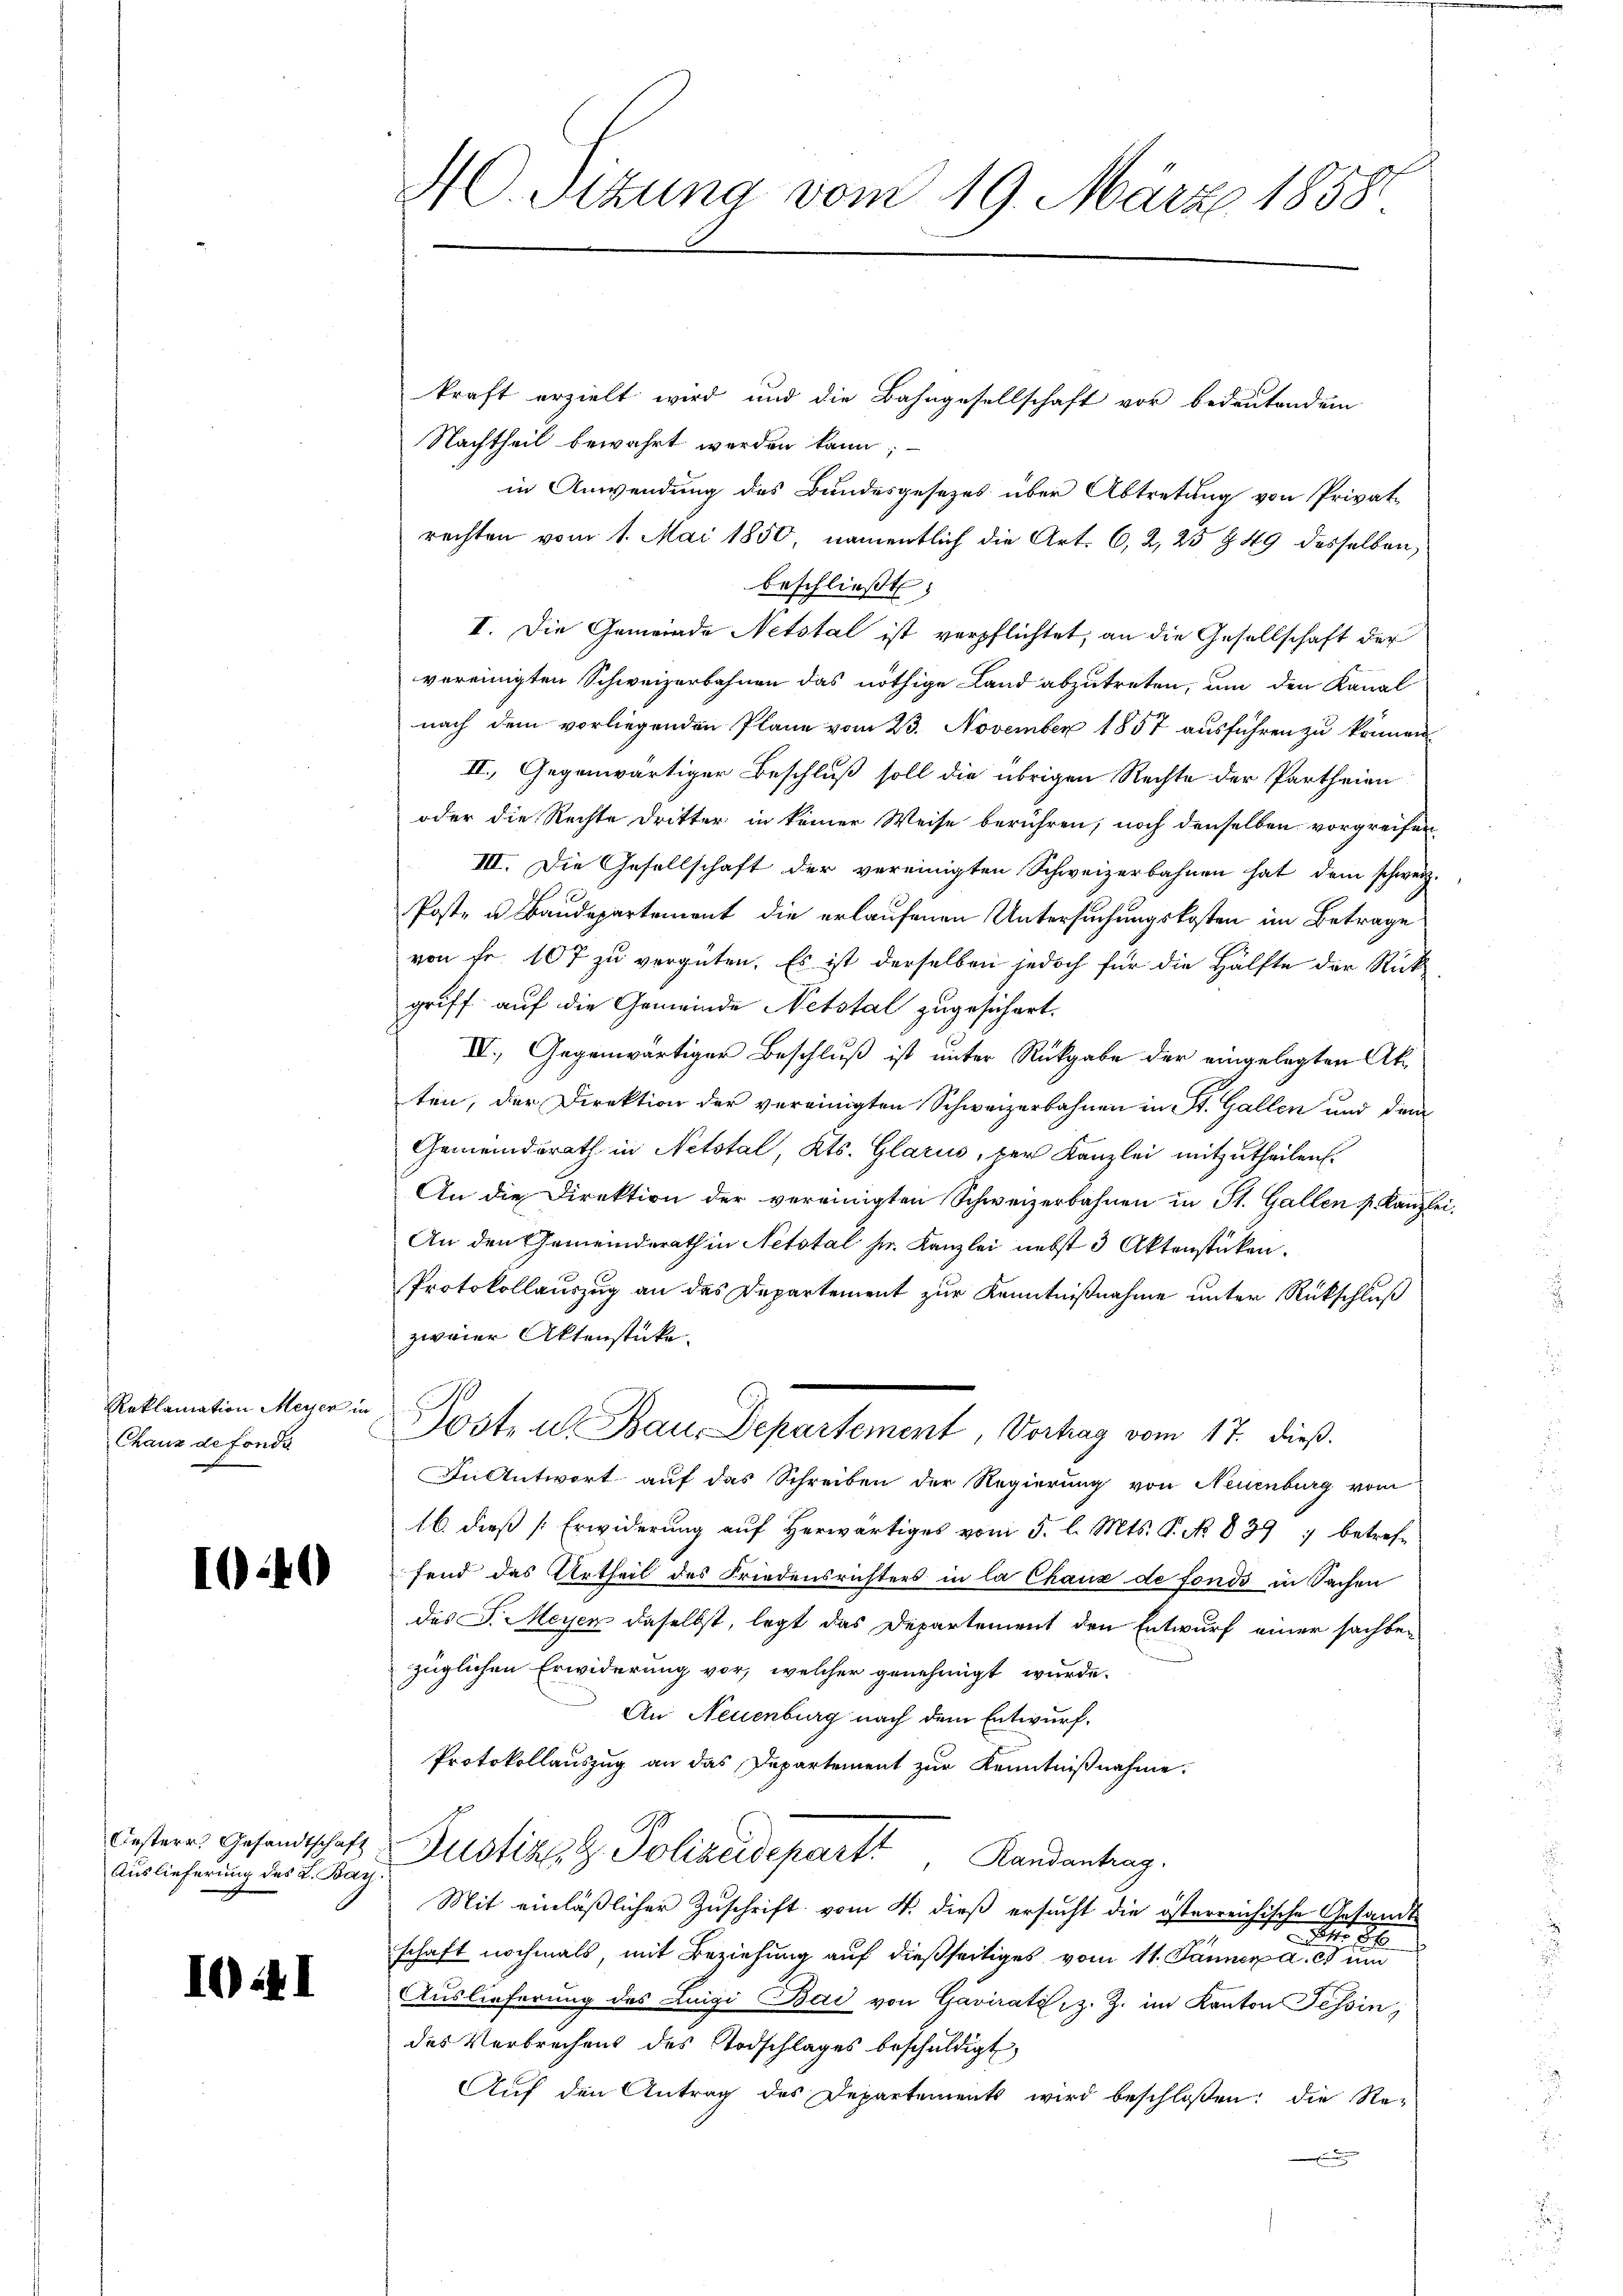
Reklamation Meyer in
Chaux de fonds

1040

Oesterr. Gesandtschaft
Auslieferung des L. Ban

I41

M. Sizung vom 19. März 1858.

kraft erzielt wird und die Bahngesellschaft vor bedeutendem
Nachtheil bewahrt werden kann;
in Anwendung des Bundesgesezes über Abtretung von Privatrechten vom 1. Mai 1850, namentlich die Art. 6, 2, 25 § 49 desselben,
beschließt:
I. Die Gemeinde Netstal ist verpflichtet, an die Gesellschaft der
vereinigten Schweizerbahnen das nöthige Land abzutreten, um den Kanal
nach dem vorliegenden Pläne vom 23. November 1857 ausführen zu können
II. Gegenwärtiger Beschluß soll die übrigen Rechte der Partheien
oder die Rechte Dritter in keiner Weise berühren, noch denselben vorgreifen¬
III. Die Gesellschaft der vereinigten Schweizerbahnen hat dem schweiz
Poste u Baudepartement die erlaufenen Untersuchungskosten im Betrage
von Fr. 107 zu vergüten. Es ist derselben jedoch für die Hälfte der Rückgriff auf die Gemeinde Netstal zugesichert.
III. Gegenwärtiger Beschluß ist unter Rückgabe der eingelegten Akten, der Direktion der vereinigten Schweizerbahnen in St. Gallen und dem
Gemeindsrath in Netstal, Kts. Glarus, der Kanzlei mitzutheilen.
An die Direktion der vereinigten Schweizerbahnen in St. Gallen k. Kanzl
An den Gemeinderath in Netotal sr. Kanzlei nebst 3 Aktenstücken.
Protokollauszug an das Departement zur Kenntnißnahme unter Rückschluß
zweier Aktenstücke.
Post- u Bau-Departement, Vortrag vom 17. dieß.
In Antwort auf das Schreiben der Regierung von Neuenburg vom
16. dieß [Erwiderung auf herwärtiges vom 5. l. Mts. P. No. 839 ; betreffend das Urtheil des Friedensrichters in la Chaux de fonds in Sachen
des J. Meyer daselbst, legt das Departement den Entwurf einer sachbe-
züglichen Erwiderung vor, welcher genehmigt wurde.
An Neuenburg nach dem Entwurf.
Protokollauszug an das Departement zur Kenntnißnahme.
Justiz & Polizeideparti, Landantrag.
Mit einläßlicher Zuschrift vom 4. dieß ersucht die österreichische Gesandt-
 18
.
schaft nochmals, mit Beziehung auf dießseitiges vom 11. Jänner a. c. um
Auslieferung des Luigi Bai von Gavirats z. Z. im Kanton Tessin,
des Verbrechens des Todschlages beschuldigt,
Auf den Antrag des Departements wird beschloßen: die Re-

lei